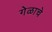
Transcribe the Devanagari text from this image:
गेळाचे